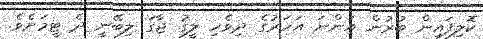
ކޮލިފައިން ބުރުން އަންނަ އަހަރުގެ ދިވެހި ލީގު ޖާގަ ލިބޭނީ ދެ ޓީމަށެވެ.